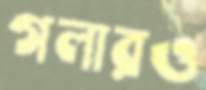
গলারও